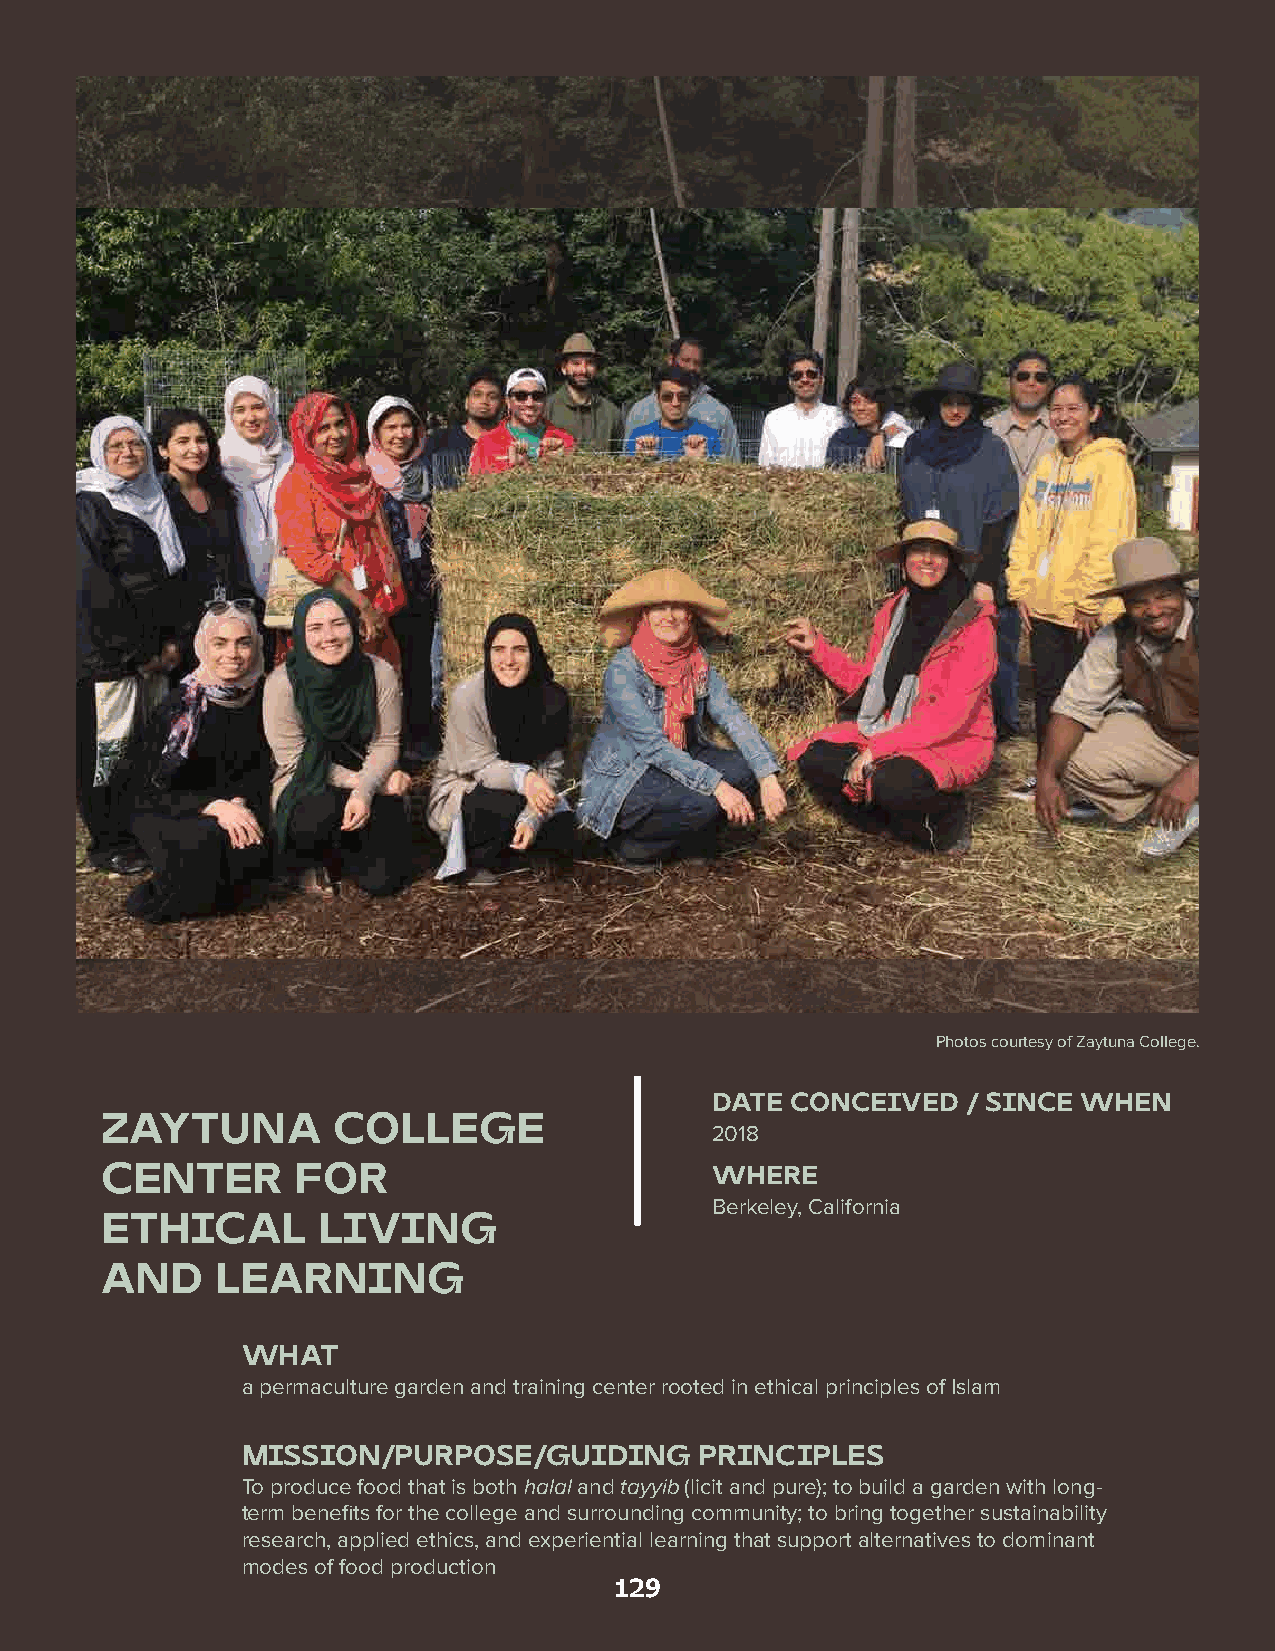
Photos courtesy of Zaytuna College.
 DATE CONCEIVED   / SINCE WHEN
 ZAYTUNA        COLLEGE
 2018
 CENTER       FOR                        WHERE
 Berkeley, California
 ETHICAL       LIVING
 AND    LEARNING
 WHAT
 a permaculture garden and training center rooted in ethical principles of Islam
 MISSION/PURPOSE/GUIDING       PRINCIPLES
 To produce food that is both halal and tayyib (licit and pure); to build a garden with long-
 term benefits for the college and surrounding community; to bring together sustainability
 research, applied ethics, and experiential learning that support alternatives to dominant
 modes of food production
 129